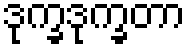
ဒုက္ခဒုက္ခတာ